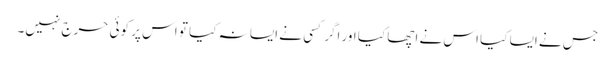
جس نے ایسا کیا اس نے اچھا کیا اور اگر کسی نے ایسا نہ کیا تو اس پر کوئی حرج نہیں۔